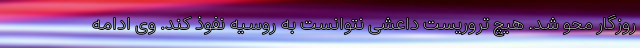
روزگار محو شد. هیچ تروریست داعشی نتوانست به روسیه نفوذ کند. وی ادامه